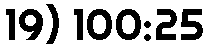
19) 100:25